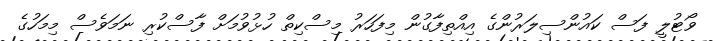
ވޯޓުލީ ފަސް ކައުންސިލަރުންގެ އިއްތިފާގުން މިފަހަރު މިސްކިތް ހުޅުވުމަށް ފާސްކުރި ނަމަވެސް މިމަހުގެ